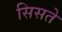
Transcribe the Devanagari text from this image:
सिसते